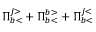
\Pi _ { b < } ^ { j > } + \Pi _ { b < } ^ { b > } + \Pi _ { b < } ^ { j < }